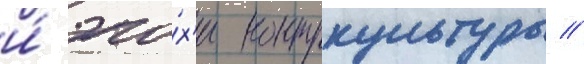
и́ эпо́х'и контркультуры //